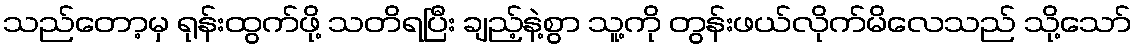
သည်တော့မှ ရုန်းထွက်ဖို့ သတိရပြီး ချည့်နဲ့စွာ သူ့ကို တွန်းဖယ်လိုက်မိလေသည် သို့သော်